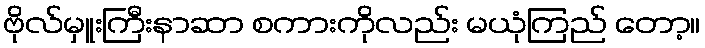
ဗိုလ်မှူးကြီးနာဆာ စကားကိုလည်း မယုံကြည် တော့။